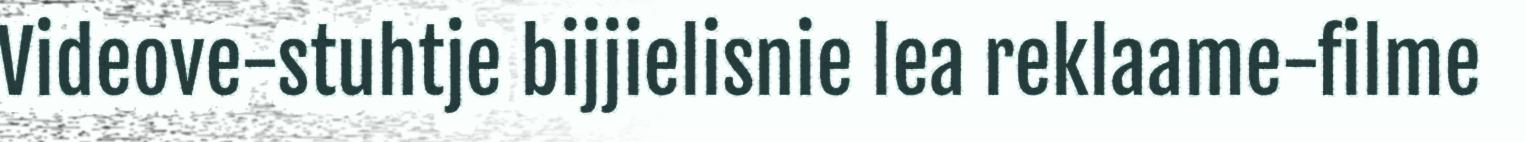
Videove-stuhtje bijjielisnie lea reklaame-filme